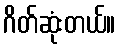
ဂိတ်ဆုံးတယ်။